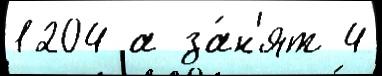
1204 а за́н'ят 4